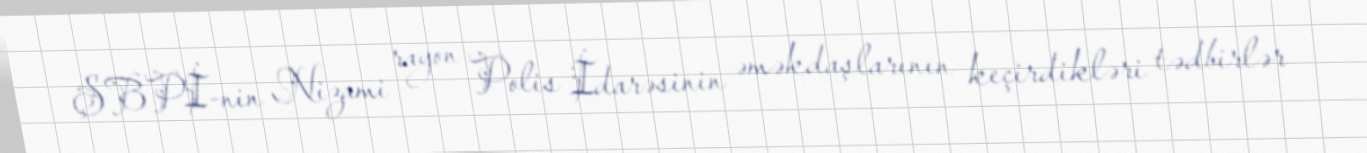
ŞBPİ-nin Nizami rayon Polis İdarəsinin əməkdaşlarının keçirdikləri tədbirlər